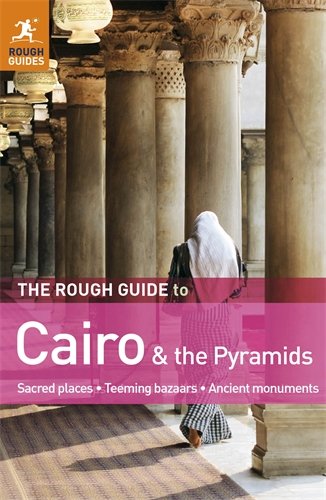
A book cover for The Rough Guide to Cairo & the Pyramids; Daniel Jacobs; Travel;